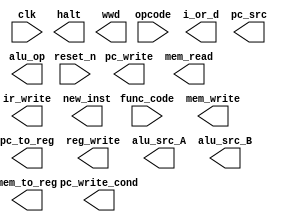
module control_unit (opcode, func_code, clk, reset_n, pc_write_cond, pc_write, i_or_d, mem_read, mem_to_reg, mem_write, ir_write, pc_to_reg, pc_src, halt, wwd, new_inst, reg_write, alu_src_A, alu_src_B, alu_op);

	input [3:0] opcode;
	input [5:0] func_code;
	input clk;
	input reset_n;
	

	output reg pc_write_cond, pc_write, i_or_d, mem_read, mem_to_reg, mem_write, ir_write, pc_src;
  	//additional control signals. pc_to_reg: to support JAL, JRL. halt: to support HLT. wwd: to support WWD. new_inst: new instruction start
  	output reg pc_to_reg, halt, wwd, new_inst;
  	output reg [1:0] reg_write, alu_src_A, alu_src_B;
  	output reg alu_op;

	//TODO : implement control unit



endmodule